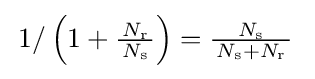
\,1/\left(1+{\tfrac {\,N_{\text{r}}\,}{N_{\text{s}}}}\right)={\tfrac {N_{\text{s}}}{\,N_{\text{s}}+N_{\text{r}}\,}}\;